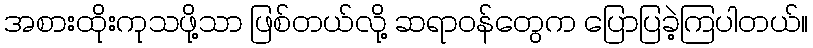
အစားထိုးကုသဖို့သာ ဖြစ်တယ်လို့ ဆရာဝန်တွေက ပြောပြခဲ့ကြပါတယ်။